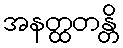
အနတ္ထတန္တိ